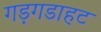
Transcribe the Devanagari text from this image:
गड़गडाहट